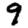
Digit: 9